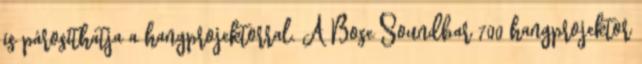
is párosíthatja a hangprojektorral. A Bose Soundbar 700 hangprojektor